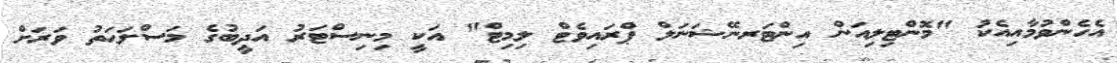
އެހެންވުމާއިއެކު "މޮންޓިލިއަން އިންޓަރނޭޝަނަލް ޕްރައިވެޓް ލިމިޓް" އަކީ މިނިސްޓަރު އަދީބުގެ މަސްލަޙަތު ވަރަށް